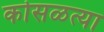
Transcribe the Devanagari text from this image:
कोसळत्या